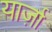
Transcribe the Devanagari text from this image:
यार्ज़ा